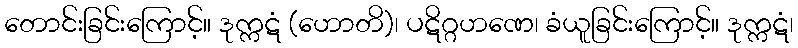
တောင်းခြင်းကြောင့်။ ဒုက္ကဋံ (ဟောတိ)၊ ပဋိဂ္ဂဟဏေ၊ ခံယူခြင်းကြောင့်။ ဒုက္ကဋံ၊